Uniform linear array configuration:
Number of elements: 24
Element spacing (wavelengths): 0.5
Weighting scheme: cosine
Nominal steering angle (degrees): -15
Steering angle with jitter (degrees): -15.354
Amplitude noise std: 0.05
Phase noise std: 0.05

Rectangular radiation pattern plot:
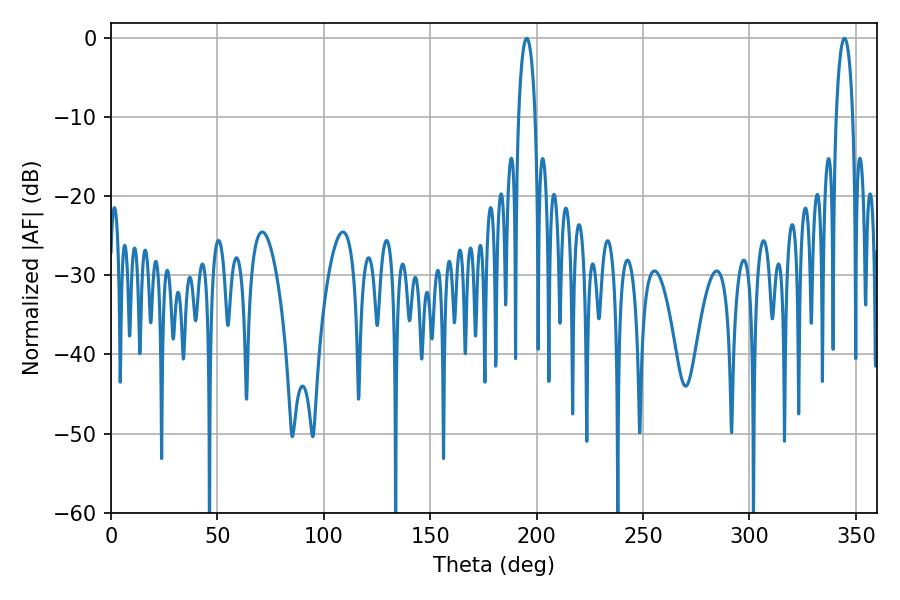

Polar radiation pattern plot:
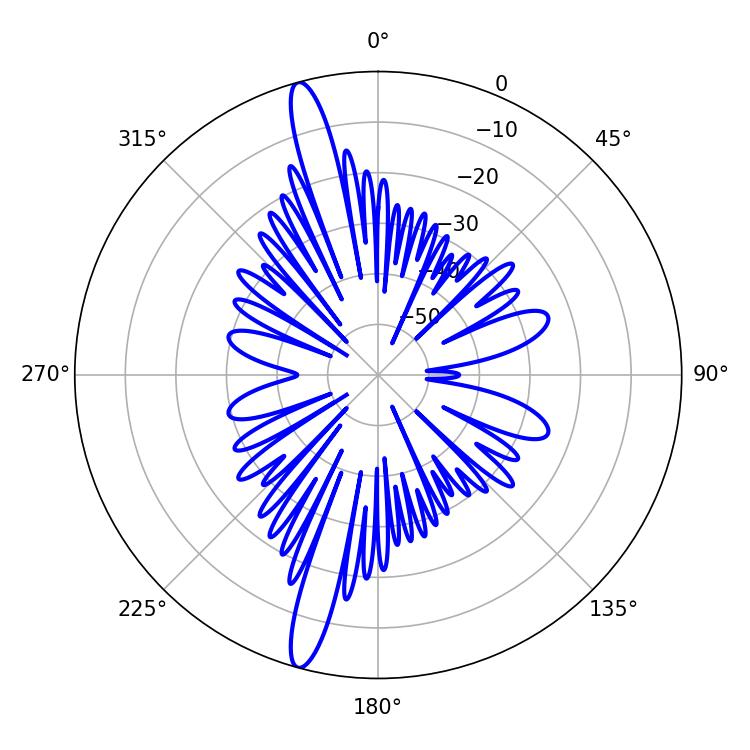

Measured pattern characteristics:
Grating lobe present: FALSE
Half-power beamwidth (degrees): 4.5
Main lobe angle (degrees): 195.3